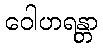
ဝေါဟရန္တာ